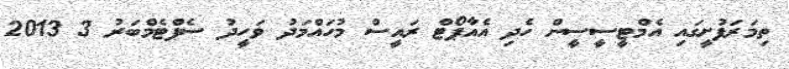
ތިމަރަފުށީގައި އެމްޓީސީސީން ހެދި އެއާޕޯޓް ރައީސް މުހައްމަދު ވަހީދު ސެޕްޓެމްބަރު 3 2013